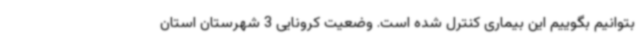
بتوانیم بگوییم این بیماری کنترل شده است. وضعیت کرونایی 3 شهرستان استان